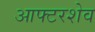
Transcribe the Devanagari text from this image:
आफ्टरशेव